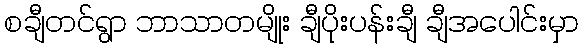
စချီတင်ရွာ ဘာသာတမျိုး ချီပိုးပန်းချီ ချီအပေါင်းမှာ